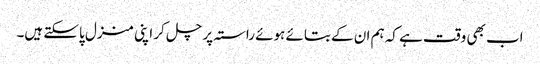
اب بھی وقت ہے کہ ہم ان کے بتائے ہوئے راستہ پر چل کر اپنی منزل پاسکتے ہیں۔